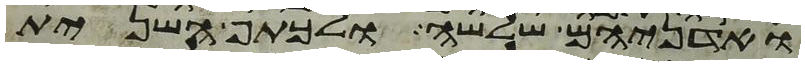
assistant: ואדניהם שלשה ולכתף השנית